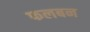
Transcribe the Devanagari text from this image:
फलबन